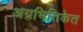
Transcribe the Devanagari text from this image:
अग्रभित्तिकेत